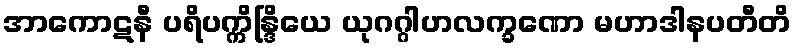
အာကောဋနီ ပရိပက္ကိန္ဒြိယေ ယုဂဂ္ဂါဟလက္ခဏော မဟာဒါနပတီတိ